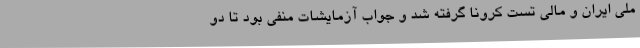
‌ملی ایران و مالی تست کرونا گرفته شد و جواب آزمایشات منفی بود تا دو